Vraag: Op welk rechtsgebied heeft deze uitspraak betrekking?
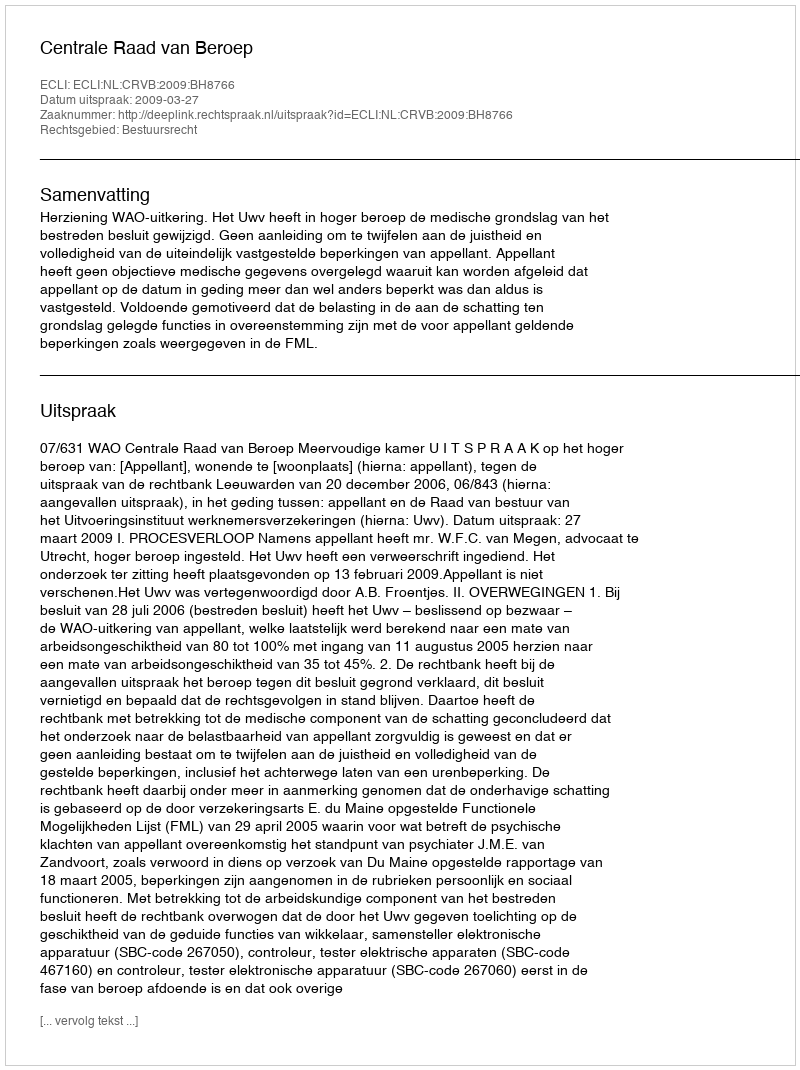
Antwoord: Bestuursrecht